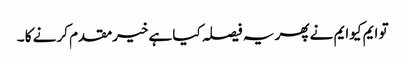
تو ایم کیوایم نے پھر یہ فیصلہ کیا ہےخیرمقدم کرنے کا ۔